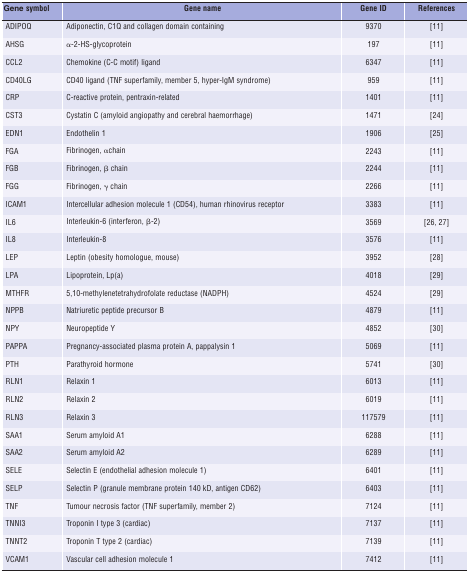
<table><thead><tr><td><b>Gene symbol</b></td><td><b>Gene name</b></td><td><b>Gene ID</b></td><td><b>References</b></td></tr></thead><tbody><tr><td>ADIPOQ</td><td>Adiponectin, C1Q and collagen domain containing</td><td>9370</td><td>[11]</td></tr><tr><td>AHSG</td><td>α-2-HS-glycoprotein</td><td>197</td><td>[11]</td></tr><tr><td>CCL2</td><td>Chemokine (C-C motif) ligand</td><td>6347</td><td>[11]</td></tr><tr><td>CD40LG</td><td>CD40 ligand (TNF superfamily, member 5, hyper-IgM syndrome)</td><td>959</td><td>[11]</td></tr><tr><td>CRP</td><td>C-reactive protein, pentraxin-related</td><td>1401</td><td>[11]</td></tr><tr><td>CST3</td><td>Cystatin C (amyloid angiopathy and cerebral haemorrhage)</td><td>1471</td><td>[24]</td></tr><tr><td>EDN1</td><td>Endothelin 1</td><td>1906</td><td>[25]</td></tr><tr><td>FGA</td><td>Fibrinogen, α chain</td><td>2243</td><td>[11]</td></tr><tr><td>FGB</td><td>Fibrinogen, β chain</td><td>2244</td><td>[11]</td></tr><tr><td>FGG</td><td>Fibrinogen, γ chain</td><td>2266</td><td>[11]</td></tr><tr><td>ICAM1</td><td>Intercellular adhesion molecule 1 (CD54), human rhinovirus receptor</td><td>3383</td><td>[11]</td></tr><tr><td>IL6</td><td>Interleukin-6 (interferon, β-2)</td><td>3569</td><td>[26, 27]</td></tr><tr><td>IL8</td><td>Interleukin-8</td><td>3576</td><td>[11]</td></tr><tr><td>LEP</td><td>Leptin (obesity homologue, mouse)</td><td>3952</td><td>[28]</td></tr><tr><td>LPA</td><td>Lipoprotein, Lp(a)</td><td>4018</td><td>[29]</td></tr><tr><td>MTHFR</td><td>5,10-methylenetetrahydrofolate reductase (NADPH)</td><td>4524</td><td>[29]</td></tr><tr><td>NPPB</td><td>Natriuretic peptide precursor B</td><td>4879</td><td>[11]</td></tr><tr><td>NPY</td><td>Neuropeptide γ</td><td>4852</td><td>[30]</td></tr><tr><td>PAPPA</td><td>Pregnancy-associated plasma protein A, pappalysin 1</td><td>5069</td><td>[11]</td></tr><tr><td>PTH</td><td>Parathyroid hormone</td><td>5741</td><td>[30]</td></tr><tr><td>RLN1</td><td>Relaxin 1</td><td>6013</td><td>[11]</td></tr><tr><td>RLN2</td><td>Relaxin 2</td><td>6019</td><td>[11]</td></tr><tr><td>RLN3</td><td>Relaxin 3</td><td>117579</td><td>[11]</td></tr><tr><td>SAA1</td><td>Serum amyloid A1</td><td>6288</td><td>[11]</td></tr><tr><td>SAA2</td><td>Serum amyloid A2</td><td>6289</td><td>[11]</td></tr><tr><td>SELE</td><td>Selectin E (endothelial adhesion molecule 1)</td><td>6401</td><td>[11]</td></tr><tr><td>SELP</td><td>Selectin P (granule membrane protein 140 kD, antigen CD62)</td><td>6403</td><td>[11]</td></tr><tr><td>TNF</td><td>Tumour necrosis factor (TNF superfamily, member 2)</td><td>7124</td><td>[11]</td></tr><tr><td>TNNI3</td><td>Troponin I type 3 (cardiac)</td><td>7137</td><td>[11]</td></tr><tr><td>TNNT2</td><td>Troponin T type 2 (cardiac)</td><td>7139</td><td>[11]</td></tr><tr><td>VCAM1</td><td>Vascular cell adhesion molecule 1</td><td>7412</td><td>[11]</td></tr></tbody></table>